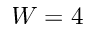
W = 4